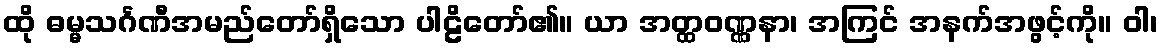
ထို ဓမ္မသင်္ဂဏီအမည်တော်ရှိသော ပါဠိတော်၏။ ယာ အတ္ထဝဏ္ဏနာ၊ အကြင် အနက်အဖွင့်ကို။ ဝါ၊